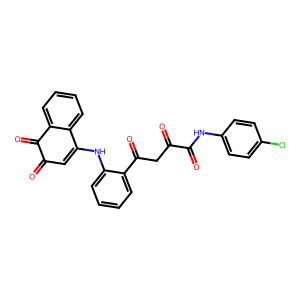
SMILES: O=C1C=C(Nc2ccccc2C(=O)CC(=O)C(=O)Nc2ccc(Cl)cc2)c2ccccc2C1=O
Inhibits HIV replication: No